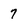
Character: 7